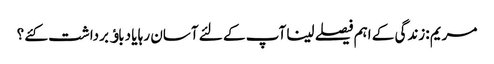
مریم :زندگی کے اہم فیصلے لینا آپ کے لئے آسان رہا یا دباﺅ برداشت کئے ؟